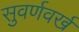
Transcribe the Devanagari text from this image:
सुवर्णवर्ख